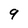
Character: 9